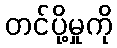
တင်ပို့မှုကို